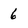
Character: 6